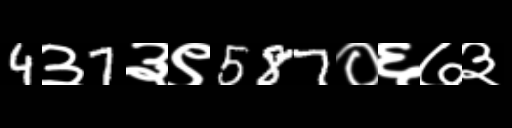
Text: 4३7३९587०६७३